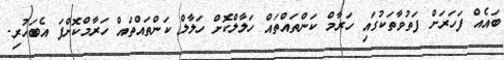
ބައެއް ފަހަރަށް ފަތުވާތަކުގައި ހަރާމް ކަންތައްތައް ހަލާލްކޮށް ހަލާލް ކަންތައްތައް ހަރާމްކޮށްފަ އެބަހުރި.